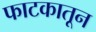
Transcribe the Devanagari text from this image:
फाटकातून